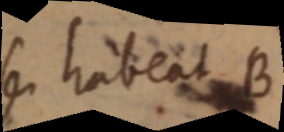
se habeat B